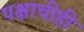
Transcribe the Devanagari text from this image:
पक्षाचीही